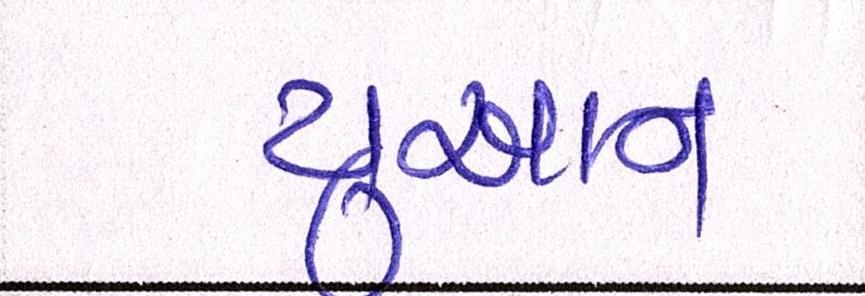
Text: યુઆન